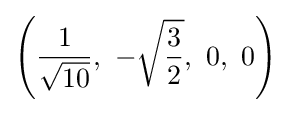
\left({\frac {1}{\sqrt {10}}},\ -{\sqrt {\frac {3}{2}}},\ 0,\ 0\right)